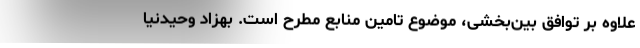
علاوه بر توافق بین‌بخشی، موضوع تامین منابع مطرح است. بهزاد وحیدنیا